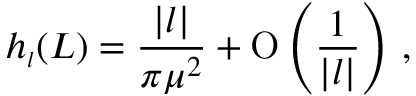
h _ { \scriptscriptstyle { l } } ( L ) = \frac { | l | } { \pi \mu ^ { 2 } } + \mathrm { O } \left( \frac { 1 } { | l | } \right) \, ,